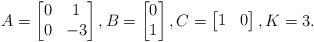
LaTeX: \begin{align*}A=\left[\begin{matrix}0 & 1 \\ 0 & -3\end{matrix}\right],B=\left[\begin{matrix}0 \\ 1\end{matrix}\right],C=\left[\begin{matrix}1 & 0\end{matrix}\right], K=3.\end{align*}